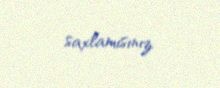
saxlamısınız.